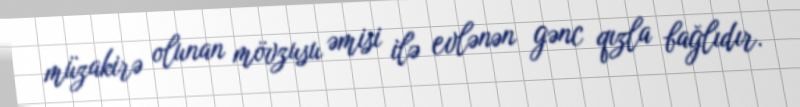
müzakirə olunan mövzusu əmisi ilə evlənən gənc qızla bağlıdır.